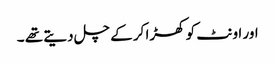
اور اونٹ کو کھڑا کر کے چل دیتے تھے ۔